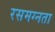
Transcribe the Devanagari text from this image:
रसमग्नता